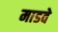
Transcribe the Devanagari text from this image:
माडवे